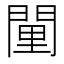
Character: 𨴻